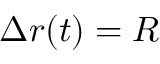
\Delta r ( t ) = R